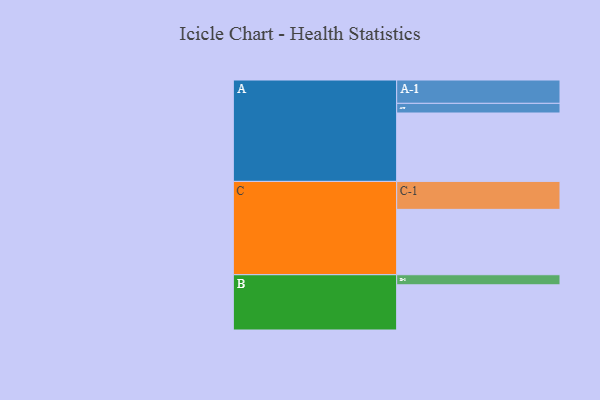
{"axis": {"x": "Segment", "y": "Value"}, "legend": ["", "A", "B", "C"], "data": [{"x": "A", "y": 516, "type": ""}, {"x": "B", "y": 341, "type": ""}, {"x": "C", "y": 493, "type": ""}, {"x": "A-1", "y": 176, "type": "A"}, {"x": "A-2", "y": 73, "type": "A"}, {"x": "B-1", "y": 76, "type": "B"}, {"x": "C-1", "y": 211, "type": "C"}]}